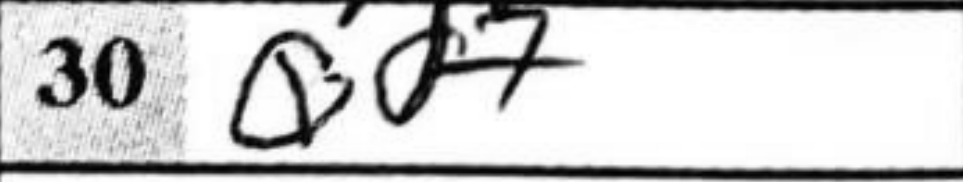
Transcription: Qd7